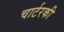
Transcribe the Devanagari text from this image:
चार्टरकी